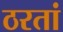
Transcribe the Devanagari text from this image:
ठरतां